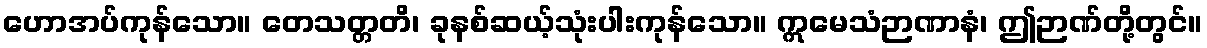
ဟောအပ်ကုန်သော။ တေသတ္တတိ၊ ခုနစ်ဆယ့်သုံးပါးကုန်သော။ ဣမေသံဉာဏာနံ၊ ဤဉာဏ်တို့တွင်။